Epidemic dropsy in Calcutta - Number 45
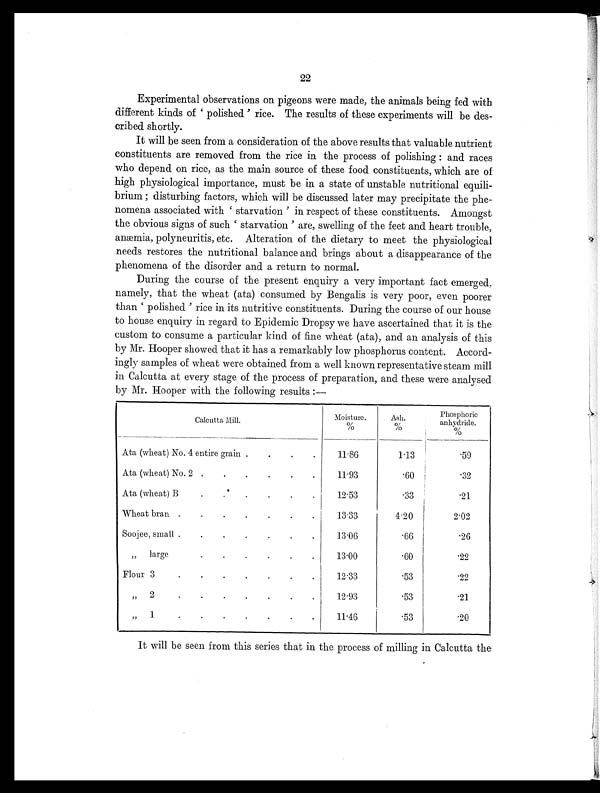
22
Experimental observations on pigeons were made, the animals being fed with
different kinds of 'polished' rice. The results of these experiments will be des-
cribed shortly.
It will be seen from a consideration of the above results that valuable nutrient
constituents are removed from the rice in the process of polishing : and races
who depend on rice, as the main source of these food constituents, which are of
high physiological importance, must be in a state of unstable nutritional equili-
brium ; disturbing factors, which will be discussed later may precipitate the phe-
nomena associated with 'starvation' in respect of these constituents. Amongst
the obvious signs of such 'starvation' are, swelling of the feet and heart trouble,
anæmia, polyneuritis, etc. Alteration of the dietary to meet the physiological
needs restores the nutritional balance and brings about a disappearance of the
phenomena of the disorder and a return to normal.
During the course of the present enquiry a very important fact emerged,
namely, that the wheat (ata) consumed by Bengalis is very poor, even poorer
than 'polished' rice in its nutritive constituents. During the course of our house
to house enquiry in regard to Epidemic Dropsy we have ascertained that it is the
custom to consume a particular kind of fine wheat (ata), and an analysis of this
by Mr. Hooper showed that it has a remarkably low phosphorus content. Accord-
ingly samples of wheat were obtained from a well known representative steam mill
in Calcutta at every stage of the process of preparation, and these were analysed
by Mr. Hooper with the following results :—
Calcutta Mill.
Moisture.
%
Ash.
%
Phosphoric
anhydride.
%
Ata (wheat) No.4 entire grain .
. .
.
11.86
1.13
.59
Ata (wheat) No. 2 .
.
.
.
.
.
11.93
.60
.32
Ata (wheat) B
.
. .
.
.
.
12.53
.33
.21
Wheat bran
.
.
.
.
.
.
.
13.33
4.20
2.02
Soojee, small .
.
.
.
.
.
.
13.06
.66
.26
„ large
.
.
.
.
.
.
13.00
.60
.22
Flour
.
.
.
.
.
.
.
12.33
.53
.22
„ 2
.
.
.
.
.
.
.
12.93
. 53
.21
„ 1
.
.
.
.
.
.
.
11.46
.53
.20
It will be seen from this series that in the process of milling in Calcutta the